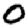
Digit: 0